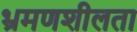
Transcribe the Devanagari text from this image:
भ्रमणशीलता